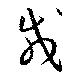
載